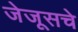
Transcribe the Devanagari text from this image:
जेजूसचे